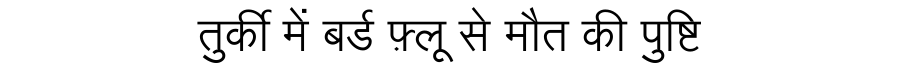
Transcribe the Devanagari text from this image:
तुर्की में बर्ड फ़्लू से मौत की पुष्टि